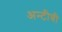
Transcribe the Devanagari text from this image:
अन्टीबी